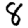
Digit: 8